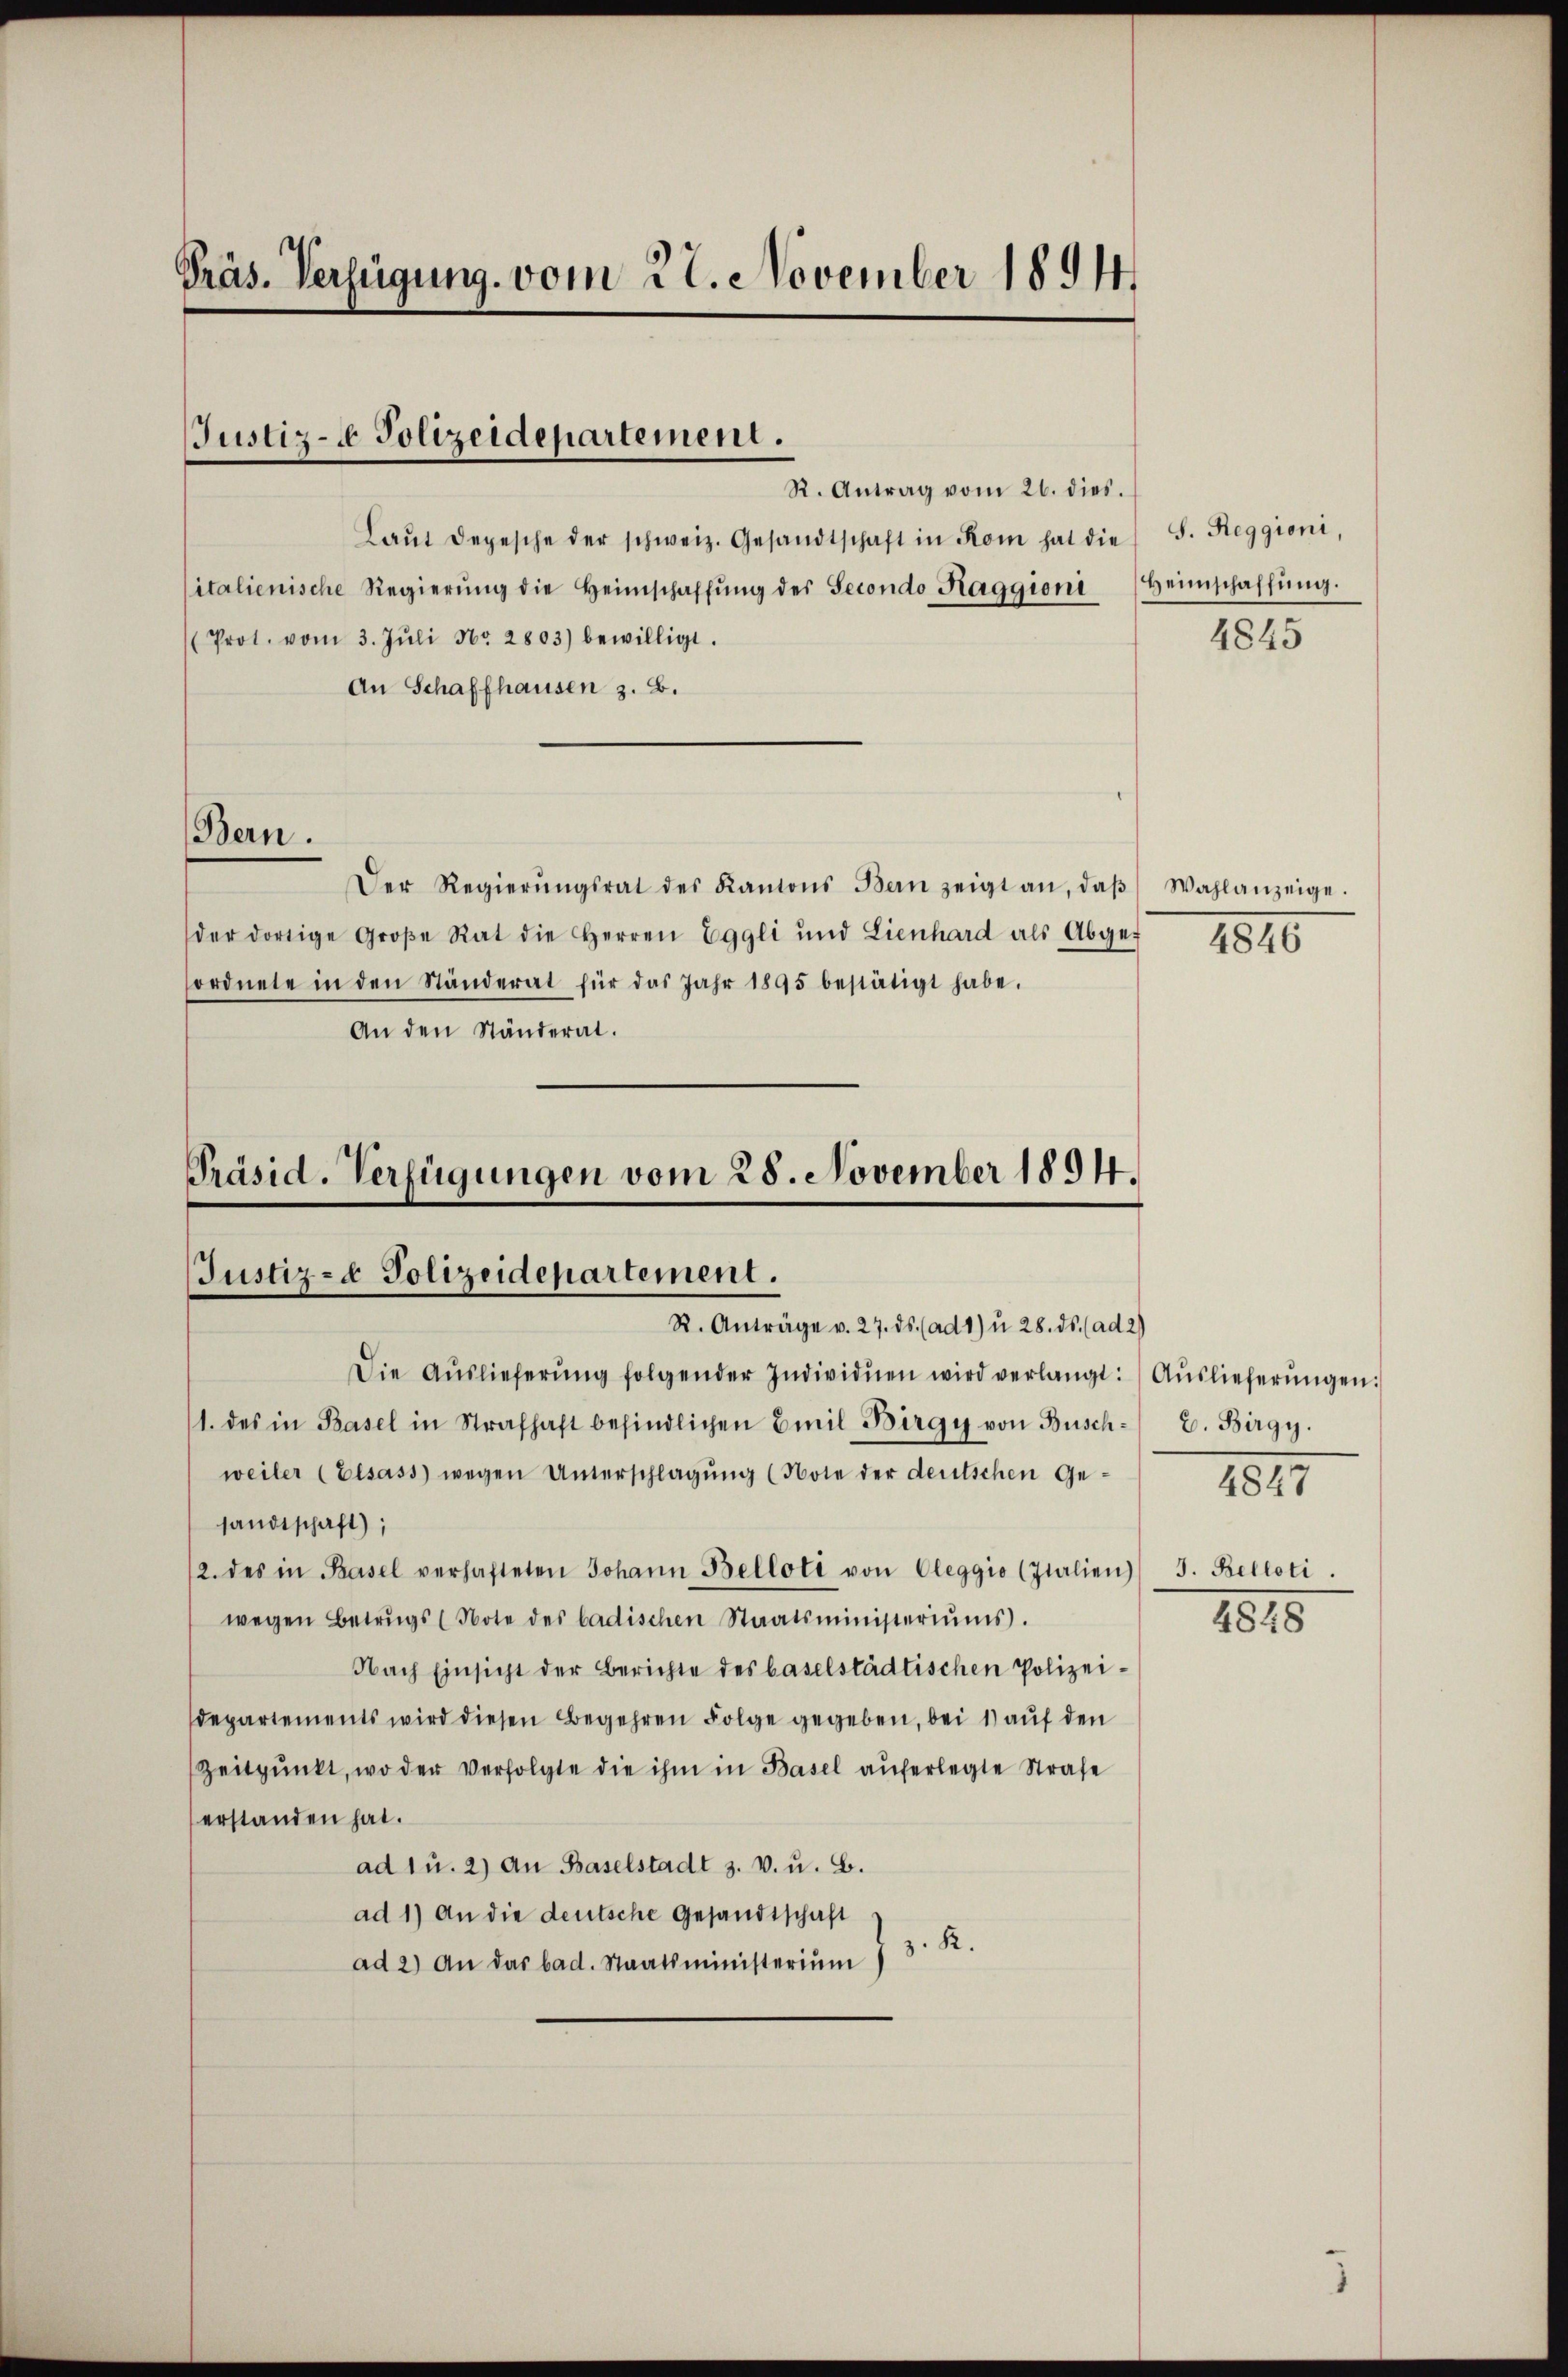
Präs. Verfügung vom 22. November 1894

Justiz- Polizeidepartement.

R. Antrag vom 26. dies.
Laŭt Depesche der schweiz. Gesandtschaft in Rom hat die S. Reggioni,
italienische Regierŭng die Heimschaffŭng der Secondo Kaggioni Heimschaffŭng.
Prot. vom 3. Jŭli Nr. 2803) bewilligt.
An Schaffhausen z. B.
Bern.
Der Regierŭngsrat des Kantons Bern zeigt an, daβ Wahlanzeige.
der dortige Große Rat die Herren Eggli und Lienhard als Abgeordnete in den Ständerat für das Jahr 1895 bestätigt habe.
An den Ständerat.

Präsid. Verfügungen vom 28. November 1894.
Justiz- & Polizeidepartement.
R. Anträge v. 27. ds. (ad 1) u 28. ds. (ad 2)

Die Aŭslieferŭng folgender Individuen wird verlangt: Aŭslieferŭngen:
1. des in Basel in Strafhaft befindlichen Emil Birgy von Busch- 2. Birgy.
weiler (Elsass wegen Unterschlagung (Note der deutschen Ge-
sandtschaft);
12. des in Basel verhafteten Johann Belloti von Oleggio (Jtalien 3. Belloti.
wegen Betrugs (Note des badischen Staatsministeriŭms.
Nach Einsicht der Berichte des baselstädtischen Polizeidepartements wird diesen Begehren Folge gegeben, bei 1) auf den
Zeitpunkt, wo der verfolgte die ihm in Basel auferlegte Strafe
erstanden hat.
ad 1 u. 2) an Baselstadt 3. v. u. B.
ad 1) An die deutsche Gesandtschaft
ad 2) an das bad. Staatsministeriŭm 7 3 R.

4845

1810

1847

1815